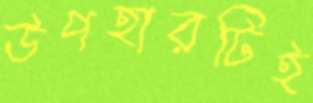
উপহারটিই